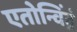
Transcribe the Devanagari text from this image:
एतोन्विंद्रं